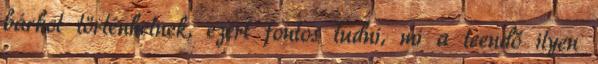
bárhol történhetnek, ezért fontos tudni, mi a teendő ilyen